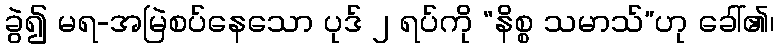
ခွဲ၍ မရ-အမြဲစပ်နေသော ပုဒ် ၂ ရပ်ကို “နိစ္စ သမာသ်”ဟု ခေါ်၏၊